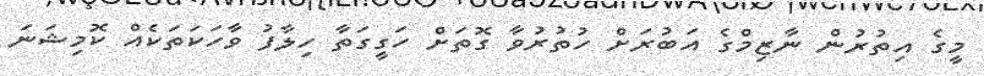
މީގެ އިތުރުން ނާޒިމްގެ އަބުރަށް ހުތުރުވާ ގޮތަށް ހަގީގަތާ ހިލާފު ވާހަކަތަކެއް ކޮމިޝަނަ